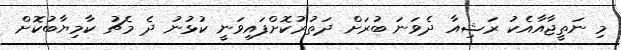
މި ނަތީޖާއާއެކު ރަޝިއާ ދެވަނަ ބުރަށް ދަތުރުކޮށްފައިވަނީ ކުޅުނު ދެ މެޗު ކާމިޔާބުކޮށް